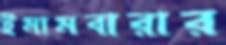
ইমামবারার